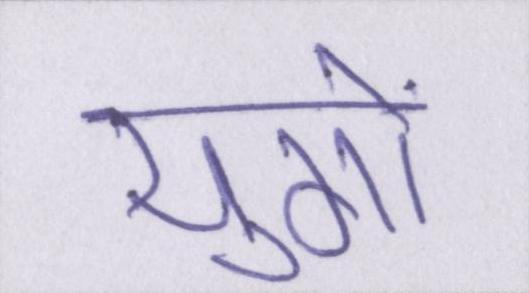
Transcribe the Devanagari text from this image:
युगों